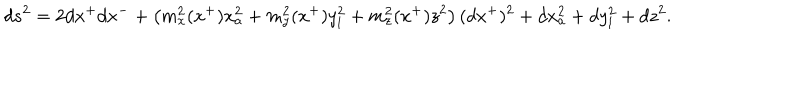
LaTeX: d s ^ { 2 } = 2 d x ^ { + } d x ^ { - } + \left( m _ { x } ^ { 2 } ( x ^ { + } ) x _ { a } ^ { 2 } + m _ { y } ^ { 2 } ( x ^ { + } ) y _ { l } ^ { 2 } + m _ { z } ^ { 2 } ( x ^ { + } ) z ^ { 2 } \right) ( d x ^ { + } ) ^ { 2 } + d x _ { a } ^ { 2 } + d y _ { l } ^ { 2 } + d z ^ { 2 } .